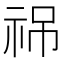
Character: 𥙙